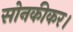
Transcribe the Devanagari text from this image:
सोनकीकर।